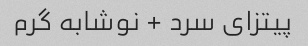
پیتزای سرد + نوشابه گرم